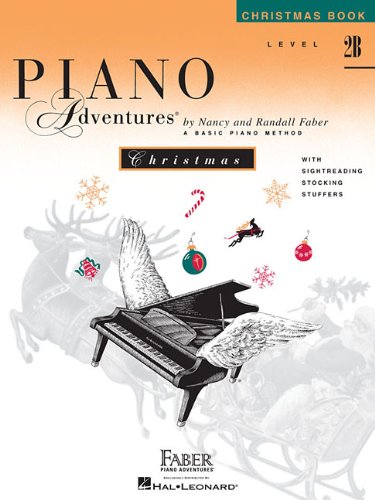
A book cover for Level 2B - Christmas Book: Piano Adventures; Arts & Photography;